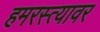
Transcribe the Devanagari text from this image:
हमरस्त्यावर